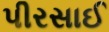
પીરસાઈ